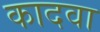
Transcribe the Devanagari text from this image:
कादवा